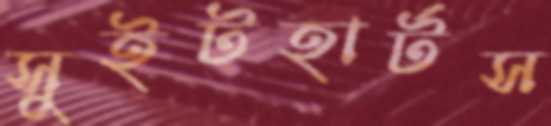
সুইটহার্টস